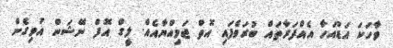
ވާހަކަ އަޑުއަހާ އެއްފަރާތައް ބުރަވެފައި އޮތް ޖަމިއްޔާއެއް. ލީގް އޮފް ނޭޝަން އުވިގެން